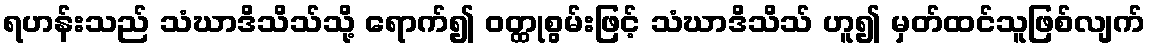
ရဟန်းသည် သံဃာဒိသိသ်သို့ ရောက်၍ ဝတ္ထုစွမ်းဖြင့် သံဃာဒိသိသ် ဟူ၍ မှတ်ထင်သူဖြစ်လျက်